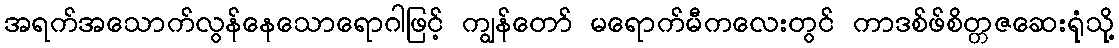
အရက်အသောက်လွန်နေသောရောဂါဖြင့် ကျွန်တော် မရောက်မီကလေးတွင် ကာဒစ်ဖ်စိတ္တဇဆေးရုံသို့